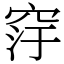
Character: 窏